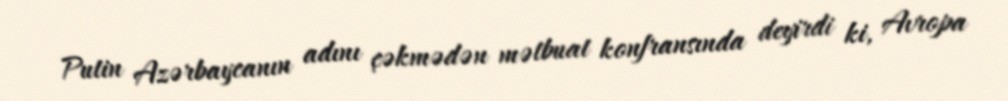
Putin Azərbaycanın adını çəkmədən mətbuat konfransında deyirdi ki, Avropa